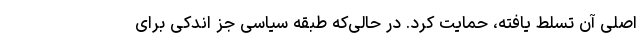
اصلی آن تسلط یافته، حمایت کرد. در حالی‌که طبقه سیاسی جز اندکی برای